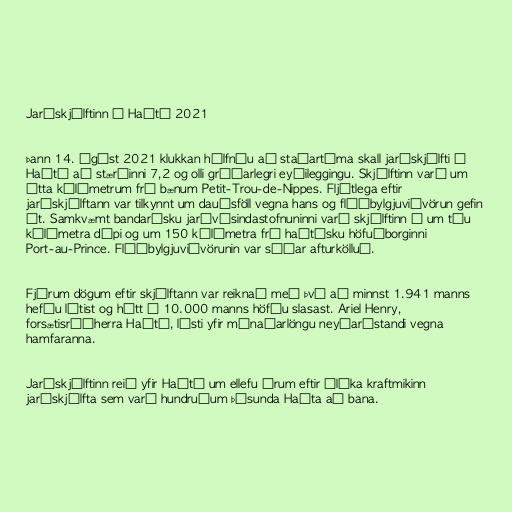
Jarðskjálftinn á Haítí 2021

Þann 14. ágúst 2021 klukkan hálfníu að staðartíma skall jarðskjálfti á
Haítí að stærðinni 7,2 og olli gríðarlegri eyðileggingu. Skjálftinn varð um
átta kílómetrum frá bænum Petit-Trou-de-Nippes. Fljótlega eftir
jarðskjálftann var tilkynnt um dauðsföll vegna hans og flóðbylgjuviðvörun gefin
út. Samkvæmt banda­rísku jarð­vísinda­stofnuninni varð skjálftinn á um tíu
kílómetra dýpi og um 150 kílómetra frá haítísku höfuðborginni
Port-au-Prince. Flóðbylgjuviðvörunin var síðar afturkölluð.

Fjórum dögum eftir skjálftann var reiknað með því að minnst 1.941 manns
hefðu látist og hátt í 10.000 manns höfðu slasast. Ariel Henry,
forsætisráðherra Haítí, lýsti yfir mánaðarlöngu neyðarástandi vegna
hamfaranna.

Jarðskjálftinn reið yfir Haítí um ellefu árum eftir álíka kraftmikinn
jarðskjálfta sem varð hundruðum þúsunda Haíta að bana.